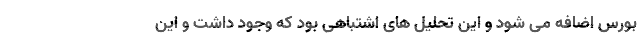
بورس اضافه می شود و این تحلیل های اشتباهی بود که وجود داشت و این